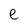
Character: e